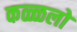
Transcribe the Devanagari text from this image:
कळ्ळलो